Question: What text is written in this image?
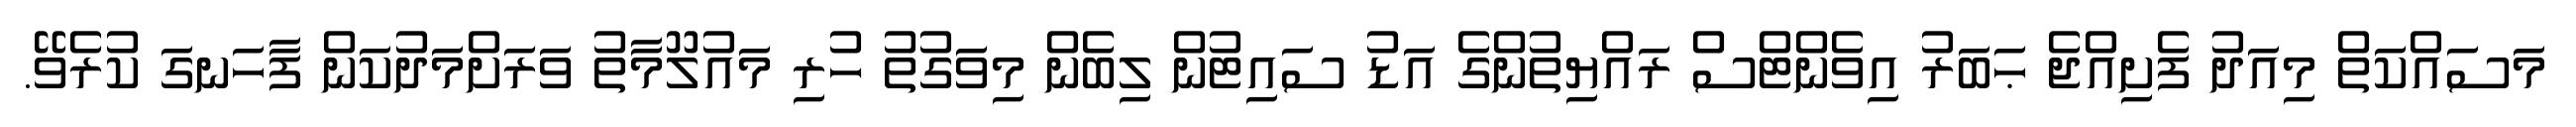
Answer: މަސައްކަތް މިއަދު ފެށިއްޖެ ޙަބަރު އިވެންޓްސް ރައްޔިތުންގެ އަޑު ސައިޓުން ލިބެން މިވަގުތު ހުރި މައުލޫމާތު ވަރަށްމަދުކަން ފާހަނގަ ކުރެވޭ.